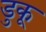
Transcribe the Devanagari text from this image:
डुकू